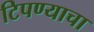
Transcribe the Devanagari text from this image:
टिपण्याचा